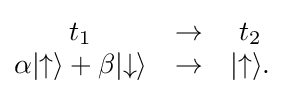
{\begin{matrix}t_{1}&\rightarrow &t_{2}\\\alpha |{\uparrow }\rangle +\beta |{\downarrow }\rangle &\rightarrow &|{\uparrow }\rangle .\end{matrix}}